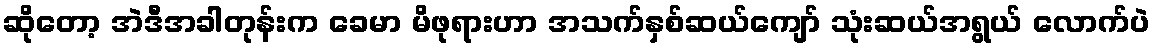
ဆိုတော့ အဲဒီအခါတုန်းက ခေမာ မိဖုရားဟာ အသက်နှစ်ဆယ်ကျော် သုံးဆယ်အရွယ် လောက်ပဲ